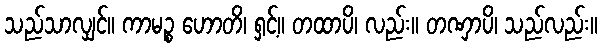
သည်သာလျှင်။ ကာမဉ္စ ဟောတိ၊ ရှင့်။ တထာပိ၊ လည်း။ တဏှာပိ၊ သည်လည်း။